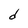
Character: d